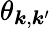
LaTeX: \theta_{\boldsymbol{k},\boldsymbol{k}^{\prime}}